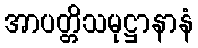
အာပတ္တိသမုဋ္ဌာနာနံ